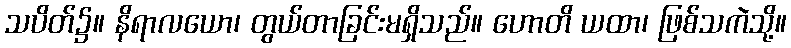
သပိတ်၌။ နိရာလယော၊ တွယ်တာခြင်းမရှိသည်။ ဟောတိ ယထာ၊ ဖြစ်သကဲသို့။